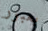
بعبور